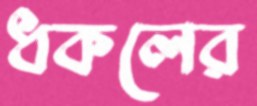
ধকলের